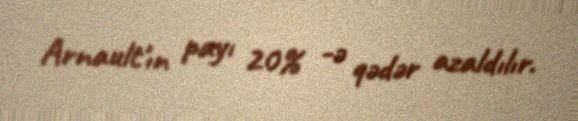
Arnault'ın payı 20% -ə qədər azaldılır.